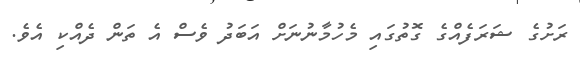
ރަށުގެ ޝަރަފެއްގެ ގޮތުގައި މެހުމާނުނަށް އަބަދު ވެސް އެ ތަން ދެއްކި އެވެ.